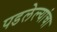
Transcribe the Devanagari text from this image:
पडलेल्यांचा